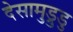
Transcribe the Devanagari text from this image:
देसामुड्रुडु